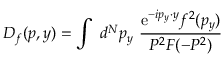
D _ { f } ( p , y ) = \int ~ d ^ { N } p _ { y } ~ \frac { \mathrm { e } ^ { - i p _ { y } \cdot y } f ^ { 2 } ( p _ { y } ) } { P ^ { 2 } { \cal F } ( - P ^ { 2 } ) }